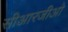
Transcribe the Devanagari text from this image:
सीआरजीओ